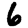
Digit: 6